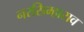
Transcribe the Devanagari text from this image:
नरसिम्हाराव